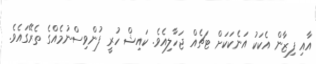
އާއި ފިޒާން އެކަކު އަނެކަކަށް ޓަޗެއް ޖަހާލިއެވެ. ކައިޝް ހުރީ ފުންވިސްނުމެއްގެ ތެރޭގައެވެ.